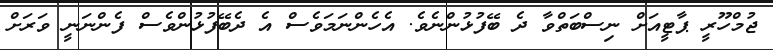
ޖުމްހޫރީ ޕާޓީއަށް ނިސްބަތްވާ ދެ ބޭފުޅުންނެވެ. އެހެންނަމަވެސް އެ ދެބޭފުޅުންވެސް ފެންނަނީ ވަރަށް